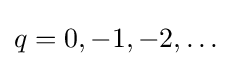
q=0,-1,-2,\ldots